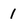
Character: 1